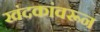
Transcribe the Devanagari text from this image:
खंदकांवरून